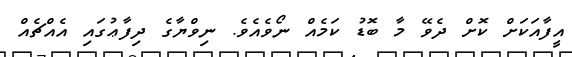
އީފާއަކަށް ކޮށް ދެވޭ މާ ބޮޑު ކަމެއް ނޯވެއެވެ. ނިވްޔާގެ ދިފާޢުގައި އެއްޗެއް